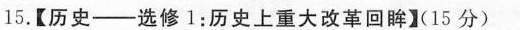
15.【历史--选修1：历史上重大改革回眸】（15分)